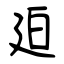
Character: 廹